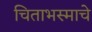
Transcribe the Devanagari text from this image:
चिताभस्माचे